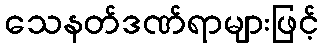
သေနတ်ဒဏ်ရာများဖြင့်